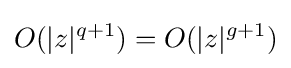
O(|z|^{q+1})=O(|z|^{g+1})